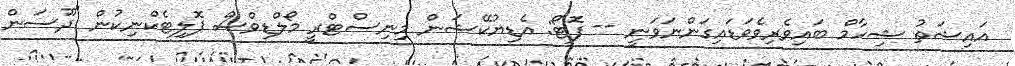
އައިޝަތު ޝިހާމް ބައިވެރިވެވަޑައިގަންނަވަނީ -- ފޮޓޯ: އެޑިޔުކޭޝަން މިނިސްޓްރީ މޯލްޑިވްސް ޕޮލިޓެކްނިކުން "ދޫސަން